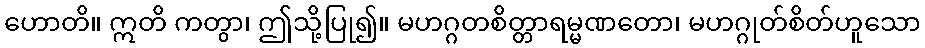
ဟောတိ။ ဣတိ ကတွာ၊ ဤသို့ပြု၍။ မဟဂ္ဂတစိတ္တာရမ္မဏတော၊ မဟဂ္ဂုတ်စိတ်ဟူသော